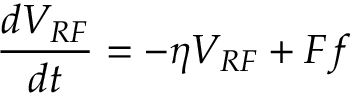
\frac { d V _ { R F } } { d t } = - \eta V _ { R F } + F f